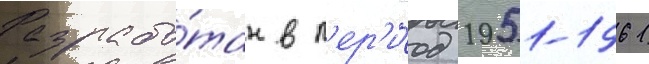
Разрабо́тан в п'ер'и́од 1951-1961